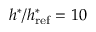
h ^ { * } / h _ { \mathrm { r e f } } ^ { * } = 1 0